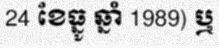
24 ខែធ្នូ ឆ្នាំ 1989) ឬ